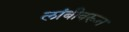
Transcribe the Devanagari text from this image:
लांबीवरून